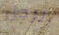
الرجل